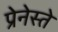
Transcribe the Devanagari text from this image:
प्रेनेस्ते